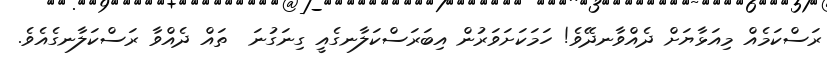
ރަސްކަމެއް މިއަޅާޔަށް ދެއްވާނދޭވެ! ހަމަކަށަވަރުން އިބަރަސްކަލާނގެއީ ގިނަގުނަ  ތައް ދެއްވާ ރަސްކަލާނގެއެވެ.